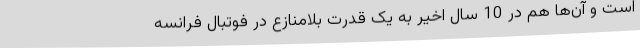
است و آن‌ها هم در 10 سال اخیر به یک قدرت بلامنازع در فوتبال فرانسه